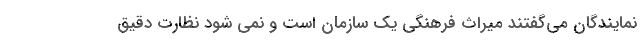
نمایندگان می‌گفتند میراث فرهنگی یک سازمان است و نمی شود نظارت دقیق